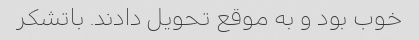
خوب بود و به موقع تحویل دادند. باتشکر